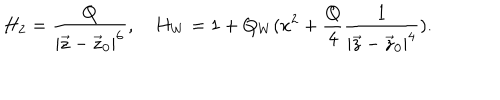
H _ { 2 } = { \frac { Q } { | \vec { z } - \vec { z } _ { 0 } | ^ { 6 } } } , H _ { W } = 1 + Q _ { W } ( x ^ { 2 } + { \frac { Q } { 4 } } { \frac { 1 } { | \vec { z } - \vec { z } _ { 0 } | ^ { 4 } } } ) .